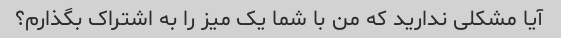
آیا مشکلی ندارید که من با شما یک میز را به اشتراک بگذارم؟